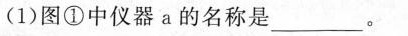
(1)图①中仪器a的名称是___。